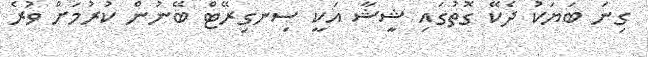
ގިނަ ބަޔަކު ދެކޭ ގޮތުގައި ޝީޝާ އަކީ ސިނގިރޭޓް ބޭނުން ކުރުމަށް ވުރެ